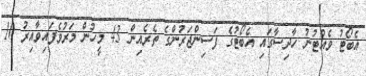
އެބޯޓު ވެއްޓުނު ހާދިސާގައި އެބޯޓުގެ ފަސިންޖަރުންގެ ތެރެއިން 43 މީހުން މަރުވެފައިވާއިރު 10